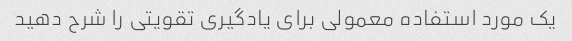
یک مورد استفاده معمولی برای یادگیری تقویتی را شرح دهید